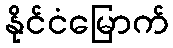
နိုင်ငံမြောက်